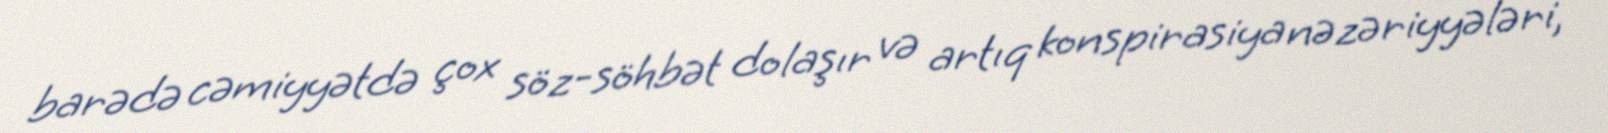
barədə cəmiyyətdə çox söz-söhbət dolaşır və artıq konspirasiya nəzəriyyələri,